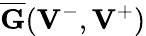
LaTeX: \overline{{{\mathbf G}}}({{\mathbf V}}^{-},{{\mathbf V}}^{+})